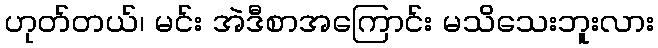
ဟုတ်တယ်၊ မင်း အဲဒီစာအကြောင်း မသိသေးဘူးလား